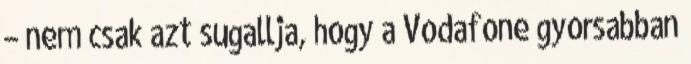
– nem csak azt sugallja, hogy a Vodafone gyorsabban